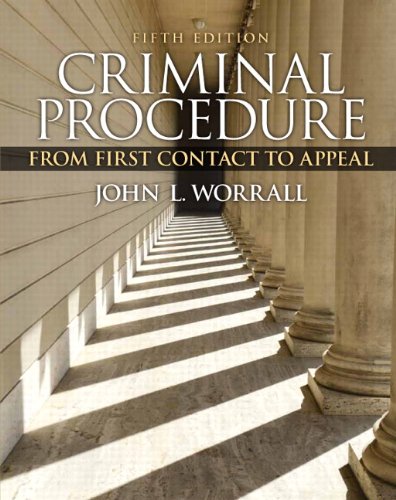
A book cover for Criminal Procedure: From First Contact to Appeal (5th Edition); John L. Worrall; Law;